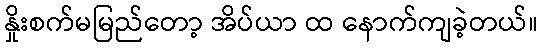
နှိုးစက်မမြည်တော့ အိပ်ယာ ထ နောက်ကျခဲ့တယ်။